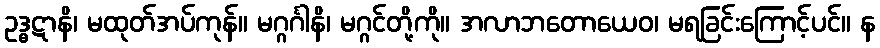
ဥဒ္ဓဋာနိ၊ မထုတ်အပ်ကုန်။ မဂ္ဂင်္ဂါနိ၊ မဂ္ဂင်တို့ကို။ အလာဘတောယေဝ၊ မရခြင်းကြောင့်ပင်။ န